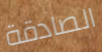
الصادقة